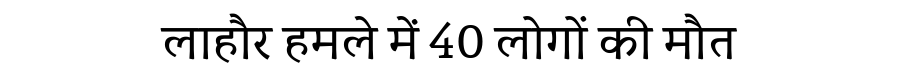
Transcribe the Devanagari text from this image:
लाहौर हमले में 40 लोगों की मौत